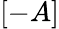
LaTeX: [-A]